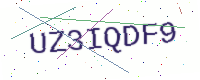
Text: UZ3IQDF9